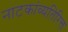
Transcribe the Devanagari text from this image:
नाटकांव्यतिरिक्त